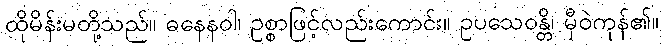
ထိုမိန်းမတို့သည်။ ဓနေနဝါ၊ ဥစ္စာဖြင့်လည်းကောင်း။ ဥပသေဝန္တိ၊ မှီဝဲကုန်၏။